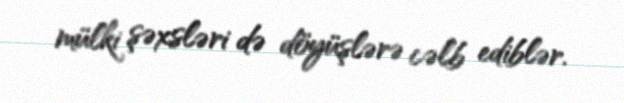
mülki şəxsləri də döyüşlərə cəlb ediblər.